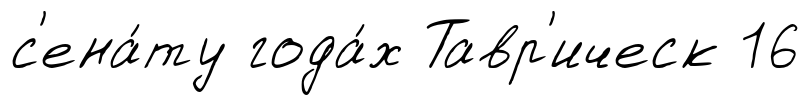
с'ена́ту года́х Тавр'ическ 16